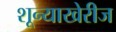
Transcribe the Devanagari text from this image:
शून्याखेरीज